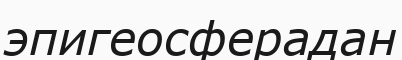
эпигеосферадан